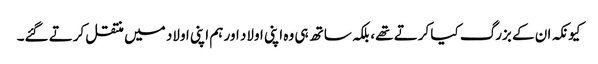
کیونکہ ان کے بزرگ کیا کرتے تھے، بلکہ ساتھ ہی وہ اپنی اولاد اور ہم اپنی اولاد میں منتقل کرتے گئے۔